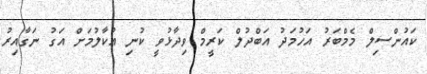
ކައުންސިލް މެމްބަރު އަހުމަދު އަބްދުލް ކަރީމް ވިދާޅުވީ ކުނި އުކާލުމަށް އަގު ނަގާއިރު